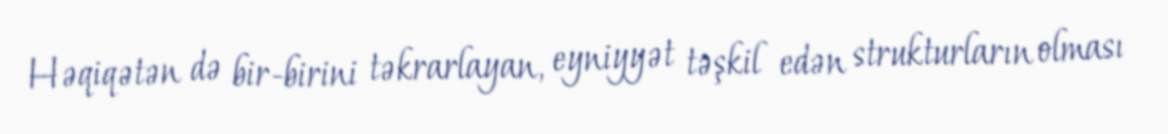
Həqiqətən də bir-birini təkrarlayan, eyniyyət təşkil edən strukturların olması